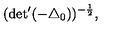
( \mathrm { d e t } ^ { \prime } ( - { \triangle } _ { 0 } ) ) ^ { - \frac { 1 } { 2 } } ,